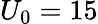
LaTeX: U_{0}=15